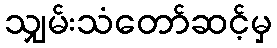
သျှမ်းသံတော်ဆင့်မှ